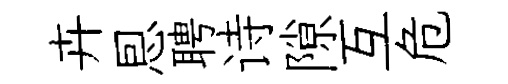
卉㤙聘诗隙互危